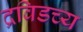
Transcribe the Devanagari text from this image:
द्रविडच्य